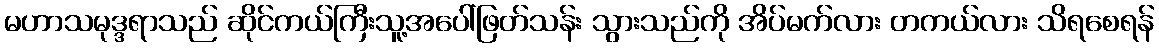
မဟာသမုဒ္ဒရာသည် ဆိုင်ကယ်ကြီးသူ့အပေါ်ဖြတ်သန်း သွားသည်ကို အိပ်မက်လား တကယ်လား သိရစေရန်